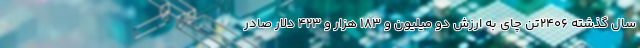
سال گذشته ۲۴۰۶تن چای به ارزش دو میلیون و ۱۸۳ هزار و ۴۲۳ دلار صادر